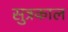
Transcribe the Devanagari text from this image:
सुत्रकाल